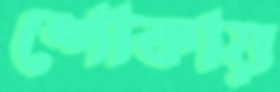
শোকায়